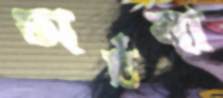
অর্চনা